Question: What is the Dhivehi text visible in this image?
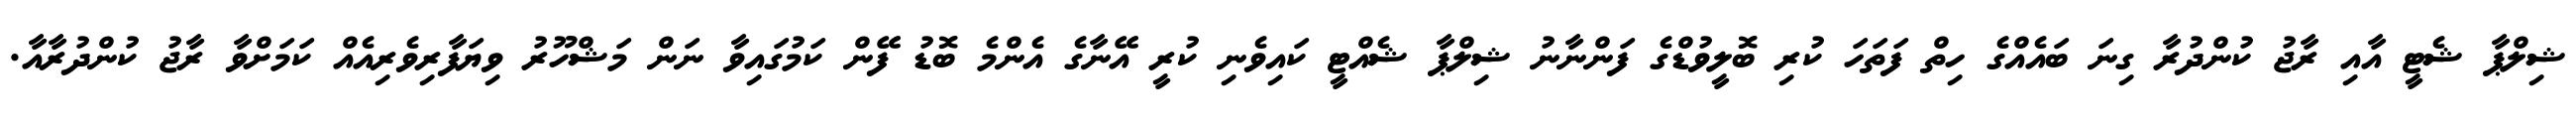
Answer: ޝިލްޕާ ޝެޓީ އާއި ރާޖު ކުންދުރާ ގިނަ ބައެއްގެ ހިތް ފަތަހަ ކުރި ބޮލީވުޑްގެ ފަންނާނު ޝިލްޕާ ޝެއްޓީ ކައިވެނި ކުރީ އޭނާގެ އެންމެ ބޮޑު ފޭން ކަމުގައިވާ ނަން މަޝްހޫރު ވިޔަފާރިވެރިއެއް ކަމަށްވާ ރާޖު ކުންދުރާއާ.